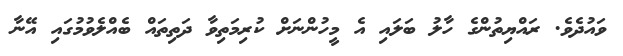
ވައުދެވެ. ރައްޔިތުންގެ ހާލު ބަލައި އެ މީހުންނަށް ކުރިމަތިވާ ދަތިތައް ބެއްލެވުމުގައި އޭނާ